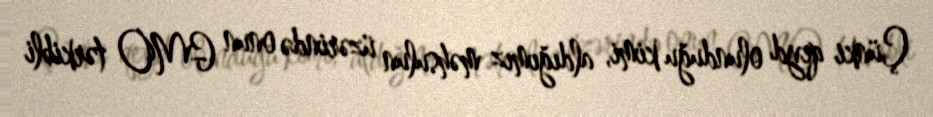
Çünki qeyd olunduğu kimi, aldığımız məhsulun üzərində onun GMO tərkibli